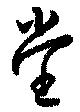
堂